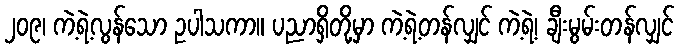
၂၀၉၊ ကဲ့ရဲ့လွန်သော ဥပါသကာ။ ပညာရှိတို့မှာ ကဲ့ရဲ့တန်လျှင် ကဲ့ရဲ့၊ ချီးမွမ်းတန်လျှင်